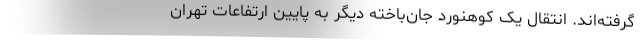
گرفته‌اند. انتقال یک کوهنورد جان‌باخته دیگر به پایین ارتفاعات تهران